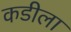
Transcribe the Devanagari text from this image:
कडीला